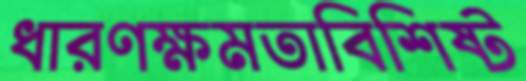
ধারণক্ষমতাবিশিষ্ট